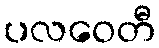
ပလဝေတီ